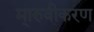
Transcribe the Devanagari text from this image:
मा्रुवीकरण